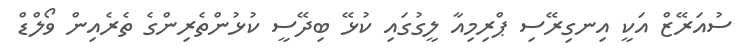
ސުއަރޭޒް އަކީ އިނގިރޭސި ޕްރިމިއާ ލީގުގައި ކުޅޭ ބިދޭސީ ކުޅުންތެރިންގެ ތެރެއިން ވޯލްޑް